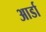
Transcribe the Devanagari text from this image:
आर्डा